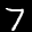
Label: 7